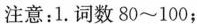
注意：1.词数80~100；